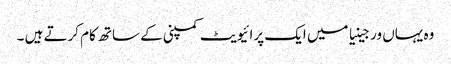
وہ یہاں ورجینیا میں ایک پرائیویٹ کمپنی کے ساتھ کام کرتے ہیں ۔